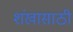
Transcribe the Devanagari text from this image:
शंखासाठी